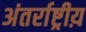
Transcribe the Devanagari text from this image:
अंतर्राष्ट्रीय़